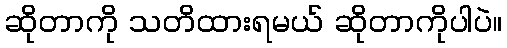
ဆိုတာကို သတိထားရမယ် ဆိုတာကိုပါပဲ။